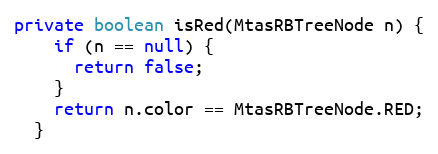
Language: Java
private boolean isRed(MtasRBTreeNode n) {
    if (n == null) {
      return false;
    }
    return n.color == MtasRBTreeNode.RED;
  }